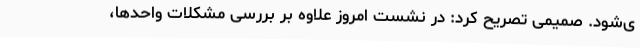
ی‌شود. صمیمی تصریح کرد: در نشست امروز علاوه بر بررسی مشکلات واحدها،